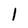
Character: 1